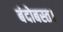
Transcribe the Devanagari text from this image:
बंदोबस्त।